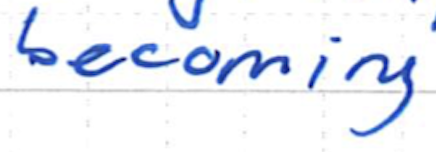
Text: becoming
Cross-out: clean
Writing tool: ballpoint